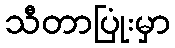
သီတာပြုံးမှာ